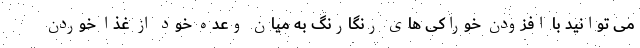
می توانید با افزودن خوراکی های رنگارنگ به میان وعده خود از غذا خوردن